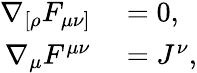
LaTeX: \begin{array}{rl}{\nabla_{[\rho}F_{\mu\nu]}}&{{}=0,}\\ {\nabla_{\mu}F^{\mu\nu}}&{{}=J^{\nu},}\end{array}